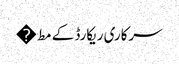
سرکاری ریکارڈ کے مط�